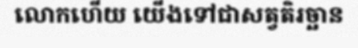
លោកហើយ យើងទៅជាសត្វតិរច្ឆាន